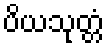
ပိယသုတ္တံ